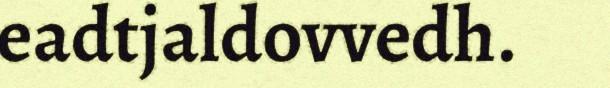
eadtjaldovvedh.